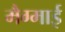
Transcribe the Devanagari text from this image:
मैग्माई